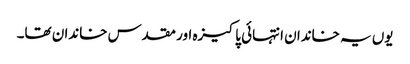
یوں یہ خاندان انتہائی پاکیزہ اور مقدس خاندان تھا۔